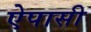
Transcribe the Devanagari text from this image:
ऐपासी